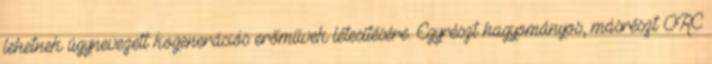
lehetnek úgynevezett kogenerációs erőművek létesítésére. Egyrészt hagyományos, másrészt ORC